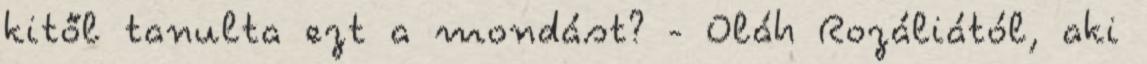
kitől tanulta ezt a mondást? - Oláh Rozáliától, aki